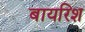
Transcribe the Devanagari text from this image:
बायरिश